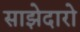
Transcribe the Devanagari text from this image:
साझेदारो